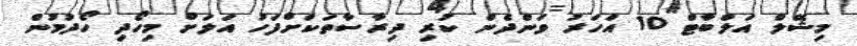
މިޝޭލް އަލްބާޓް 10 އަހަރު ވަންދެން ކުރި ދިރާސާތަކަށްފަހު އަލަށް މިހޯދި ހޯދުމުން